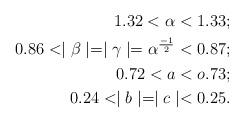
LaTeX: \begin{align*}1.32 < \alpha <1.33;\\0.86 < \mid \beta \mid =\mid \gamma \mid=\alpha^{\frac{-1}{2}} <0.87;\\0.72 < a < o.73;\\0.24 < \mid b \mid =\mid c \mid <0.25.\end{align*}